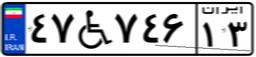
۱۵W۸۱۶۷۸